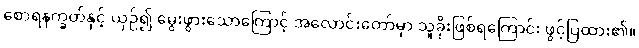
စောရနက္ခတ်နှင့် ယှဉ်၍ မွေးဖွားသောကြောင့် အလောင်းတော်မှာ သူခိုးဖြစ်ရကြောင်း ဖွင့်ပြထား၏။